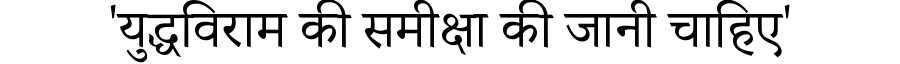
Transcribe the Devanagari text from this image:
'युद्धविराम की समीक्षा की जानी चाहिए'